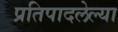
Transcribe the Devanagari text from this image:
प्रतिपादलेल्या